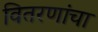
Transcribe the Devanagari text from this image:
वितरणांचा